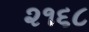
૨૧૬૮